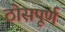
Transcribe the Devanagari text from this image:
ठोसपूर्ण